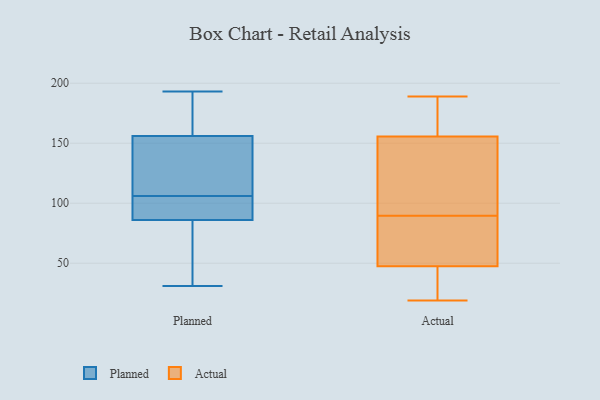
{"axis": {"x": "Market Share (%)", "y": "Value"}, "legend": ["Actual", "Planned"], "data": [{"x": "", "y": 87, "type": "Planned"}, {"x": "", "y": 39, "type": "Planned"}, {"x": "", "y": 108, "type": "Planned"}, {"x": "", "y": 172, "type": "Planned"}, {"x": "", "y": 171, "type": "Planned"}, {"x": "", "y": 31, "type": "Planned"}, {"x": "", "y": 103, "type": "Planned"}, {"x": "", "y": 156, "type": "Planned"}, {"x": "", "y": 86, "type": "Planned"}, {"x": "", "y": 128, "type": "Planned"}, {"x": "", "y": 178, "type": "Planned"}, {"x": "", "y": 116, "type": "Planned"}, {"x": "", "y": 114, "type": "Planned"}, {"x": "", "y": 88, "type": "Planned"}, {"x": "", "y": 34, "type": "Planned"}, {"x": "", "y": 104, "type": "Planned"}, {"x": "", "y": 193, "type": "Planned"}, {"x": "", "y": 36, "type": "Planned"}, {"x": "", "y": 120, "type": "Actual"}, {"x": "", "y": 47, "type": "Actual"}, {"x": "", "y": 158, "type": "Actual"}, {"x": "", "y": 32, "type": "Actual"}, {"x": "", "y": 169, "type": "Actual"}, {"x": "", "y": 109, "type": "Actual"}, {"x": "", "y": 176, "type": "Actual"}, {"x": "", "y": 189, "type": "Actual"}, {"x": "", "y": 54, "type": "Actual"}, {"x": "", "y": 29, "type": "Actual"}, {"x": "", "y": 48, "type": "Actual"}, {"x": "", "y": 54, "type": "Actual"}, {"x": "", "y": 89, "type": "Actual"}, {"x": "", "y": 90, "type": "Actual"}, {"x": "", "y": 19, "type": "Actual"}, {"x": "", "y": 183, "type": "Actual"}, {"x": "", "y": 72, "type": "Actual"}, {"x": "", "y": 105, "type": "Actual"}, {"x": "", "y": 153, "type": "Actual"}, {"x": "", "y": 39, "type": "Actual"}]}